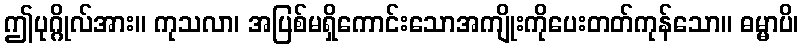
ဤပုဂ္ဂိုလ်အား။ ကုသလာ၊ အပြစ်မရှိကောင်းသောအကျိုးကိုပေးတတ်ကုန်သော။ ဓမ္မာပိ၊